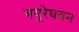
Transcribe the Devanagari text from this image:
बयूरेघवन